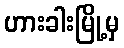
ဟားခါးမြို့မှ